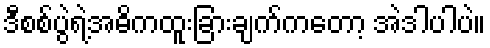
ဒီစစ်ပွဲရဲ့အဓိကထူးခြားချက်ကတော့ အဲဒါပါပဲ။